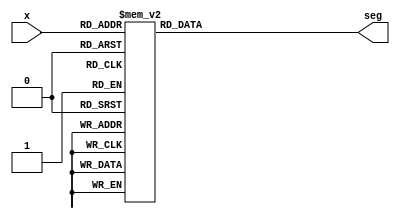
`timescale 1ns / 1ps

module seven_seg(x, seg);
input [3:0] x;
output reg [6:0 ]seg;

always @(x)
    begin
        case (x)
            4'h0 : seg = 7'b0000001;
            4'h1 : seg = 7'b1001111;
            4'h2 : seg = 7'b0010010;
            4'h3 : seg = 7'b0000110;
            4'h4 : seg = 7'b1001100;
            4'h5 : seg = 7'b0100100;
            4'h6 : seg = 7'b0100000;
            4'h7 : seg = 7'b0001111;
            4'h8 : seg = 7'b0000000;
            4'ha : seg = 7'b1111101;
            4'hb : seg = 7'b0011111;
            4'hc : seg = 7'b0001101;
            4'hd : seg = 7'b0111101;
            4'he : seg = 7'b1001111;
            4'hf : seg = 7'b1000111; 
            default : seg = 7'b1111111; 
        endcase
     end
endmodule